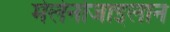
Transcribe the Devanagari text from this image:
मेलेनोजाइलान